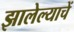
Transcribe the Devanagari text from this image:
झालेल्याचें